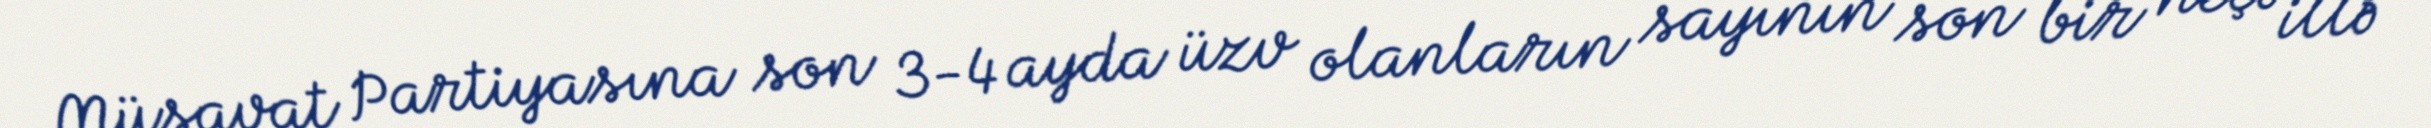
Müsavat Partiyasına son 3-4 ayda üzv olanların sayının son bir neçə illə